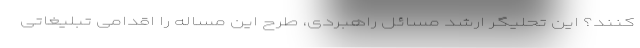
کنند؟ این تحلیگر ارشد مسائل راهبردی، طرح این مساله را اقدامی تبلیغاتی